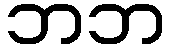
ဘဘ